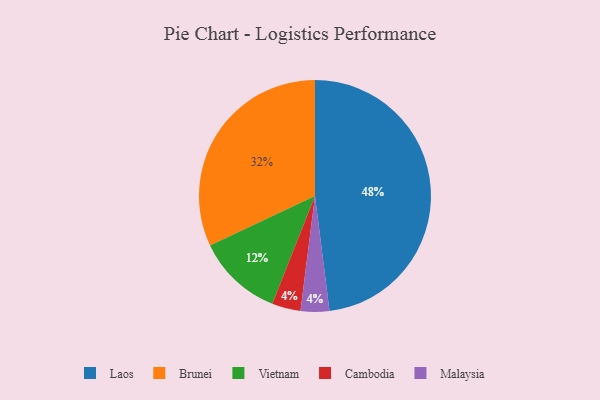
{"axis": {"x": "Category", "y": "Percentage"}, "legend": ["Brunei", "Cambodia", "Laos", "Malaysia", "Vietnam"], "data": [{"x": "Brunei", "y": 32, "type": "Brunei"}, {"x": "Vietnam", "y": 12, "type": "Vietnam"}, {"x": "Cambodia", "y": 4, "type": "Cambodia"}, {"x": "Malaysia", "y": 4, "type": "Malaysia"}, {"x": "Laos", "y": 48, "type": "Laos"}]}